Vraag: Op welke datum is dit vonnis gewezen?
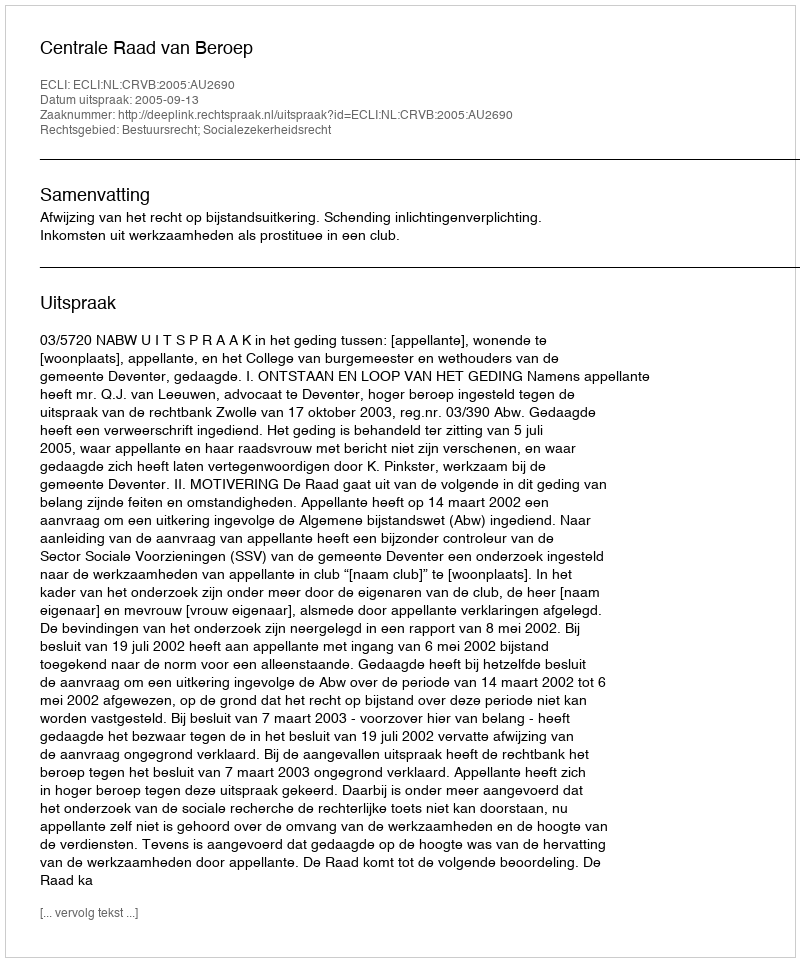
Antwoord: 2005-09-13